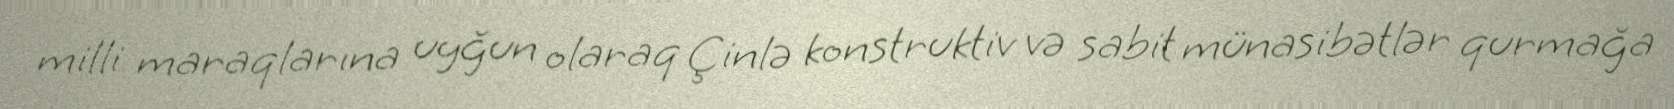
milli maraqlarına uyğun olaraq Çinlə konstruktiv və sabit münasibətlər qurmağa